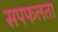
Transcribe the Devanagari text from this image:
सपफलता